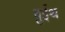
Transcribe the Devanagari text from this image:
वुईथ